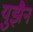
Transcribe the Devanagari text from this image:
युझैन